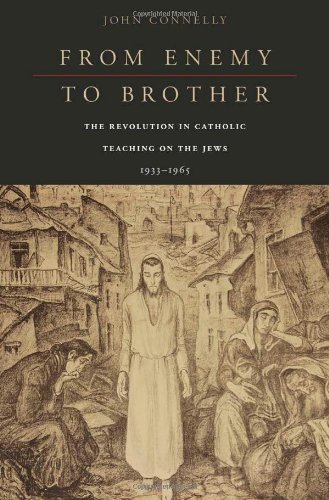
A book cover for From Enemy to Brother: The Revolution in Catholic Teaching on the Jews, 1933-1965; John Connelly; Religion & Spirituality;